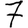
Digit: 7